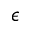
\epsilon